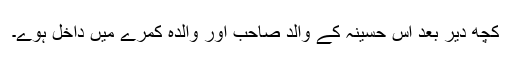
کچھ دیر بعد اس حسینہ کے والد صاحب اور والدہ کمرے میں داخل ہوے۔